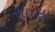
સાદલા